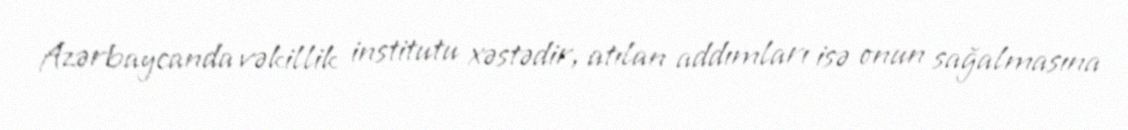
Azərbaycanda vəkillik institutu xəstədir, atılan addımları isə onun sağalmasına